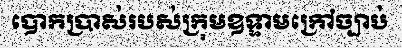
បោកប្រាស់របស់ក្រុមឧទ្ទាមក្រៅច្បាប់